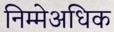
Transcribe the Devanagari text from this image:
निम्मेअधिक